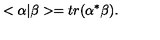
< \alpha \vert \beta > = t r ( \alpha ^ { * } \beta ) .